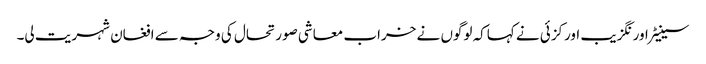
سینیٹر اور نگزیب اورکزئی نے کہاکہ لوگوں نے خراب معاشی صورتحال کی وجہ سے افغان شہریت لی۔